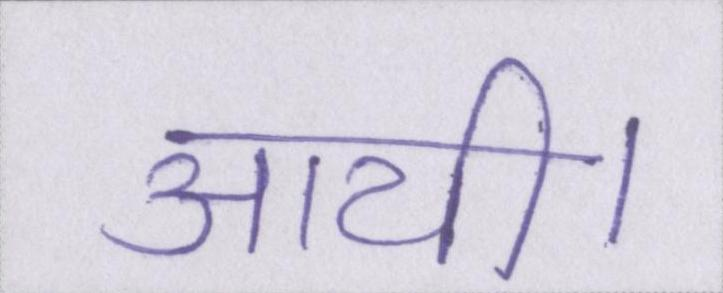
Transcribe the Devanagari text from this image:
आयी।